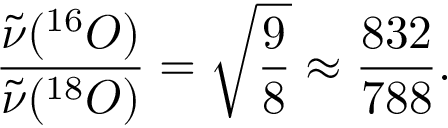
{ \frac { { \tilde { \nu } } ( ^ { 1 6 } O ) } { { \tilde { \nu } } ( ^ { 1 8 } O ) } } = { \sqrt { \frac { 9 } { 8 } } } \approx { \frac { 8 3 2 } { 7 8 8 } } .